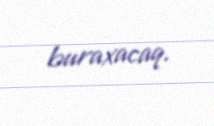
buraxacaq.